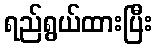
ရည်ရွယ်ထားပြီး